画像に写った文字を読んでください
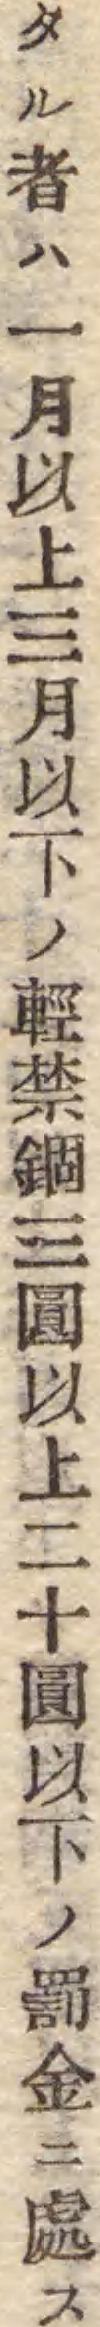
「タル者ハ一月以上三月以下ノ輕禁錮三圓以上二十圓以下ノ罰金ニ處ス」と書いてあります